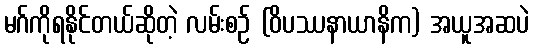
မဂ်ကိုရနိုင်တယ်ဆိုတဲ့ လမ်းစဉ် (ဝိပဿနာယာနိက) အယူအဆပဲ